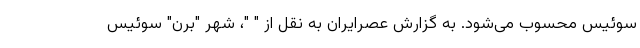
سوئیس محسوب می‌شود. به گزارش عصرایران به نقل از " "، شهر "برن" سوئیس